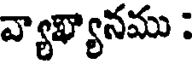
వ్యాఖ్యానము :